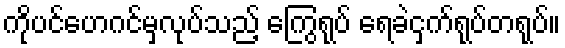
ကိုပင်ဟေဂင်မှလုပ်သည့် ကြွေရုပ် ရေခဲငှက်ရုပ်တရုပ်။